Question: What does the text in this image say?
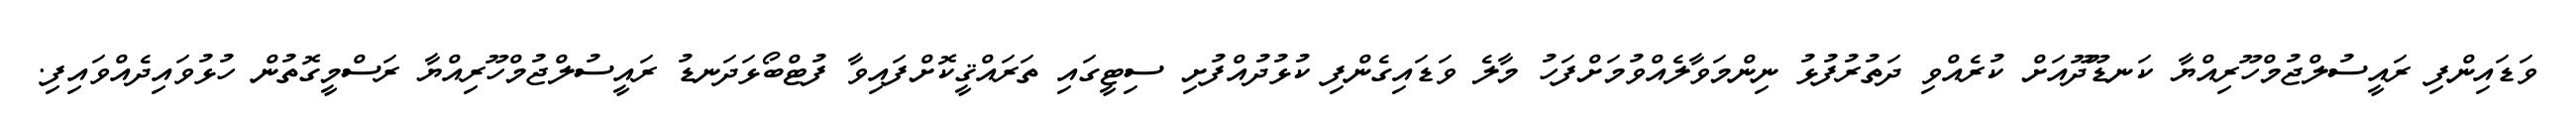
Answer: ވަޑައިންފި ރައީސުލްޖުމްހޫރިއްޔާ ކަނޑޫދޫއަށް ކުރެއްވި ދަތުރުފުޅު ނިންމަވާލެއްވުމަށްފަހު މާލެ ވަޑައިގެންފި ކުޅުދުއްފުށި ސިޓީގައި ތަރައްޤީކޮށްފައިވާ ފުޓްބޯޅަދަނޑު ރައީސުލްޖުމްހޫރިއްޔާ ރަސްމީގޮތުން ހުޅުވައިދެއްވައިފި.